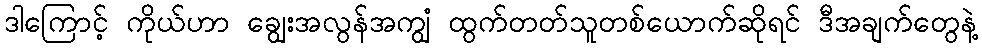
ဒါကြောင့် ကိုယ်ဟာ ချွေးအလွန်အကျွံ ထွက်တတ်သူတစ်ယောက်ဆိုရင် ဒီအချက်တွေနဲ့